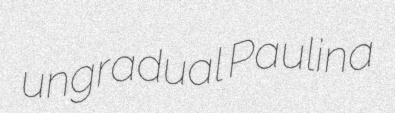
ungradual Paulina